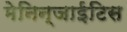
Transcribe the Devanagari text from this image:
मेनिन्जाईटिस